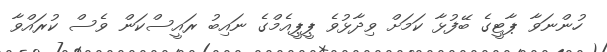
ހުންނަވާ ޕާޓީގެ ބޭފުޅާ ކަމަށް ވިދާޅުވެ ޕީޕީއެމްގެ ނައިބު ރައީސްކަން ވެސް ކުރައްވާ